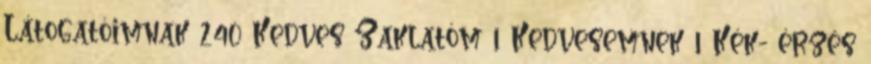
Látogatóimnak 240 Kedves Zaklatóm 1 Kedvesemnek 1 Kék- érzés